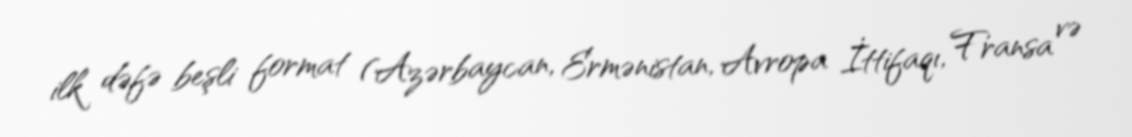
ilk dəfə beşli format (Azərbaycan, Ermənistan, Avropa İttifaqı, Fransa və